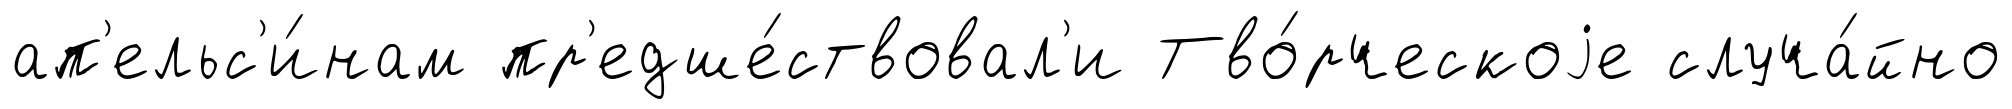
ап'ельс'и́нам пр'едше́ствовал'и Тво́рческоjе случа́йно